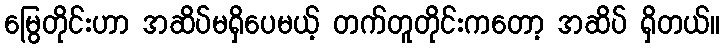
မြွေတိုင်းဟာ အဆိပ်မရှိပေမယ့် တက်တူတိုင်းကတော့ အဆိပ် ရှိတယ်။